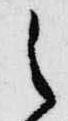
之